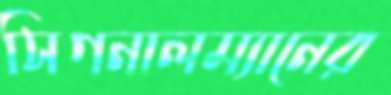
সিগনালম্যানের